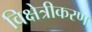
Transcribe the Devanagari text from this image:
विक्षेत्रीकरण